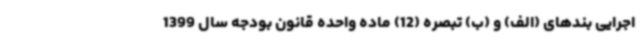
اجرایی بندهای (الف) و (ب) تبصره (12) ماده واحده قانون بودجه سال 1399